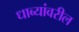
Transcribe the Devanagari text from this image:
धाब्यांवरील